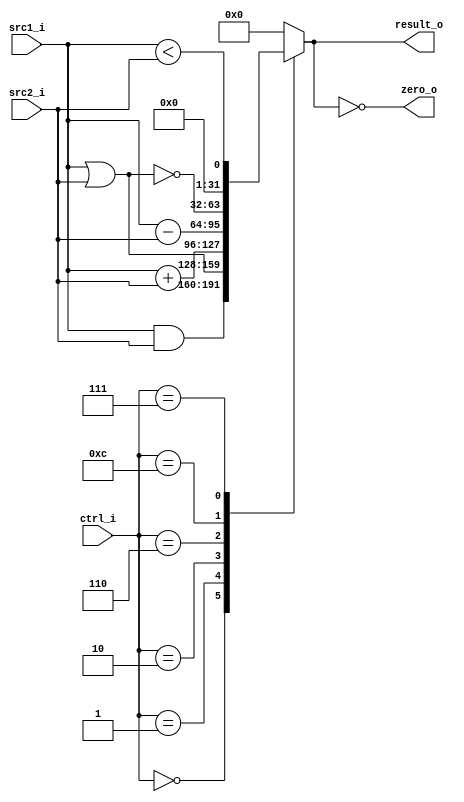
//Subject:     CO project 2 - ALU
//--------------------------------------------------------------------------------
//Version:     1
//--------------------------------------------------------------------------------
//Writer:      
//----------------------------------------------
//Date:        
//----------------------------------------------
//Description: 
//--------------------------------------------------------------------------------
`timescale 1ns/1ps
module ALU(
    src1_i,
	src2_i,
	ctrl_i,
	result_o,
	zero_o
	);
     
//I/O ports
input signed [32-1:0]  src1_i;
input signed [32-1:0]  src2_i;
input  [4-1:0]   ctrl_i;

output [32-1:0]	 result_o;
output           zero_o;

//Internal signals
reg    [32-1:0]  result_o;
wire             zero_o;

//Parameter
assign zero_o = (result_o == 0);

always @(*) begin
	case(ctrl_i)
		4'b0000 : result_o <= src1_i & src2_i;		//and
		4'b0001 : result_o <= src1_i | src2_i;		//or
		4'b0010 : result_o <= src1_i + src2_i;		//add
		4'b0110 : result_o <= src1_i - src2_i;		//sub
		4'b1100 : result_o <= ~(src1_i | src2_i);	//nor
		4'b0111 : result_o <= (src1_i < src2_i);	//slt
		default : result_o <= 0;
	endcase
end
//Main function

endmodule